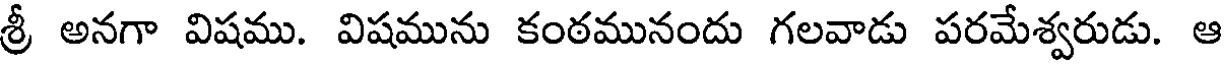
శ్రీ అనగా విషము. విషమును కంఠమునందు గలవాడు పరమేశ్వరుడు. ఆ